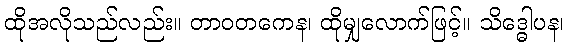
ထိုအလိုသည်လည်း။ တာဝတကေန၊ ထိုမျှလောက်ဖြင့်။ သိဒ္ဓေါပန၊